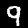
Label: 9